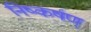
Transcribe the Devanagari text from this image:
निष्कर्षण्